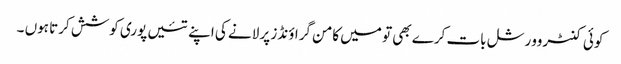
کوئی کنٹروورشل بات کرے بھی تو میں کامن گراؤنڈز پر لانے کی اپنے تئیں پوری کوشش کرتا ہوں ۔